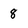
Character: 8